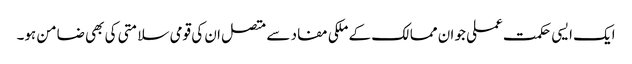
ایک ایسی حکمت عملی جو ان ممالک کے ملکی مفاد سے متصل ان کی قومی سلامتی کی بھی ضامن ہو۔